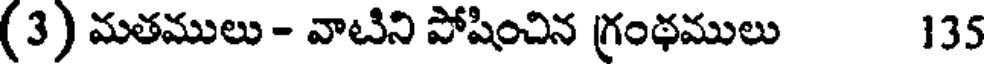
(3) మతములు - వాటిని పోషించిన గ్రంథములు 135